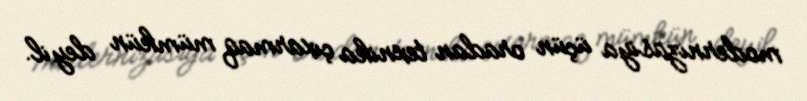
modernizasiya üçün oradan texnika çıxarmaq mümkün deyil.